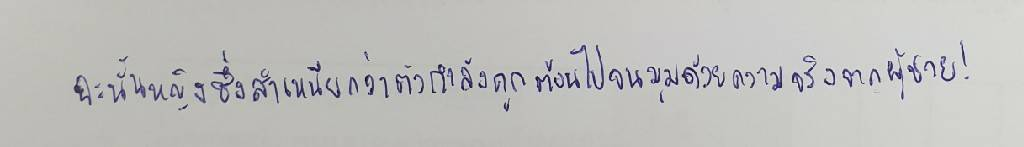
ฉะนั้นหญิงซึ่งสำเหนียกว่าตัวกำลังถูกต้อนไปจนมุมด้วยความจริงจากผู้ชาย!